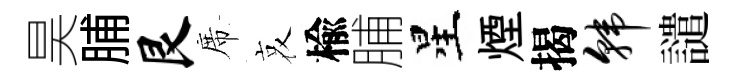
昊脯艮席哀楡脯星煙揭韩譴